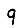
Digit: 9